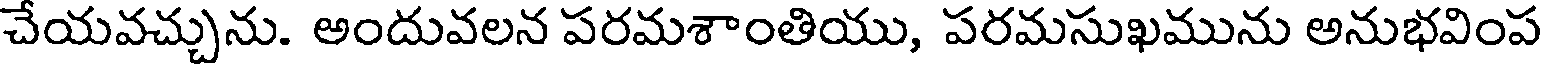
చేయవచ్చును. అందువలన పరమశాంతియు, పరమసుఖమును అనుభవింప